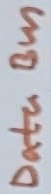
Text: Data Bus